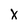
Character: X